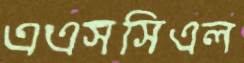
এএসসিএল